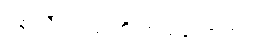
ပန်းသီး ၁လုံးကို ဘယ်လောက်လဲ။